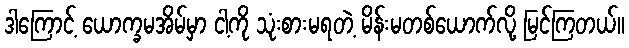
ဒါကြောင့် ယောက္ခမအိမ်မှာ ငါ့ကို သုံးစားမရတဲ့ မိန်းမတစ်ယောက်လို့ မြင်ကြတယ်။